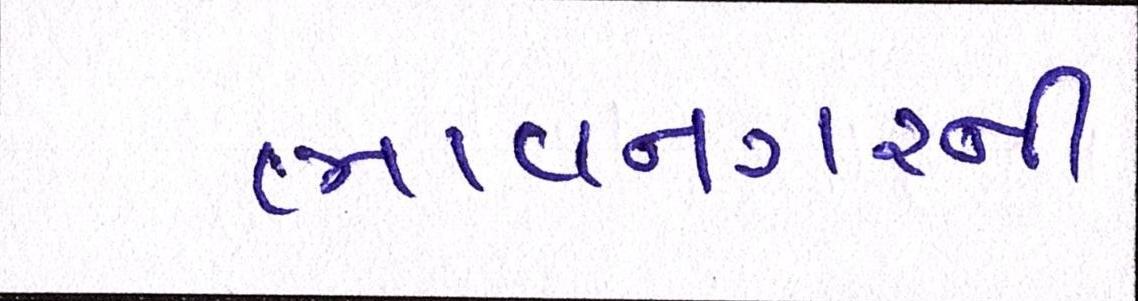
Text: ભાવનગરની